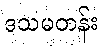
ဒသမတန်း